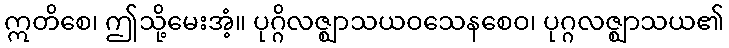
ဣတိစေ၊ ဤသို့မေးအံ့။ ပုဂ္ဂိလဇ္ဈာသယဝသေနစေဝ၊ ပုဂ္ဂလဇ္ဈာသယ၏